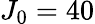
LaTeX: {{J}_{0}}=40